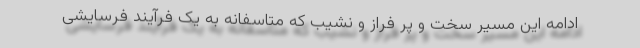
ادامه این مسیر سخت و پر فراز و نشیب که متاسفانه به یک فرآیند فرسایشی